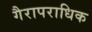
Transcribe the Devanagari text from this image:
गैरापराधिक